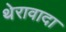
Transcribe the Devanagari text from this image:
थेरावादा